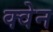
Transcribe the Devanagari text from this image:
क्वेन